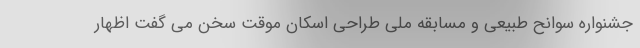
جشنواره سوانح طبیعی و مسابقه ملی طراحی اسکان موقت سخن می گفت اظهار